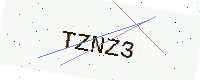
Text: TZNZ3